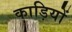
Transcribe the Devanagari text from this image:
काड़ियों